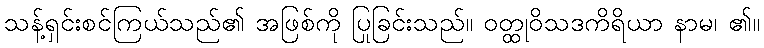
သန့်ရှင်းစင်ကြယ်သည်၏ အဖြစ်ကို ပြုခြင်းသည်။ ဝတ္ထုဝိသဒကိရိယာ နာမ၊ ၏။